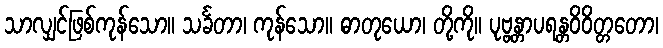
သာလျှင်ဖြစ်ကုန်သော။ သင်္ခတာ၊ ကုန်သော။ ဓာတုယော၊ တို့ကို။ ပုဗ္ဗန္တာပရန္တဝိဝိတ္တတော၊